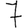
Digit: 7